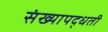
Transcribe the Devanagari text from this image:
संख्यापद्धती